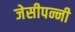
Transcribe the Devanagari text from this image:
जेसीपन्नी